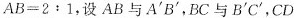
$$AB=2:1$$，设AB与A^{\prime}B^{\prime}，BC与B^{\prime}C^{\prime}，CD